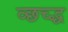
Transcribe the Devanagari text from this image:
व्छच्द्ध